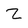
Character: Z